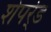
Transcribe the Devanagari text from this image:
शेपर्र्ड